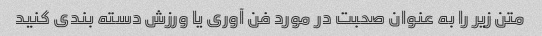
متن زیر را به عنوان صحبت در مورد فن آوری یا ورزش دسته بندی کنید